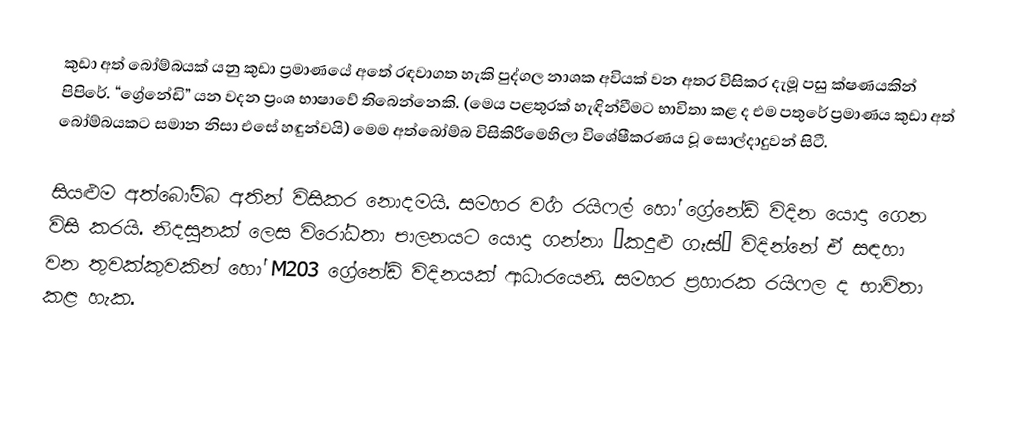
කුඩා අත් බෝම්බයක් යනු කුඩා ප්‍රමාණයේ අතේ රඳවාගත හැකි පුද්ගල නාශක අවියක් වන අතර විසිකර දැමූ පසු ක්ෂණයකින් පිපිරේ. “ග්‍රේනේඩි” යන වදන ප්‍රංශ භාෂාවේ තිබෙන්නෙකි. (මෙය පළතුරක් හැඳින්වීමට භාවිතා කළ ද එම පතුරේ ප්‍රමාණය කුඩා අත් බෝම්බයකට සමාන නිසා එසේ හඳුන්වයි) මෙම අත්බෝම්බ විසිකිරීමෙහිලා විශේෂීකරණය වූ සොල්දාදුවන් සිටී.

සියළුම අත්බෝම්බ අතින් විසිකර නොදමයි. සමහර වර්‍ග රයිෆල් හෝ ග්‍රේනේඩ් විදින යොදා ‍ගෙන විසි කරයි. නිදසුනක් ලෙස විරෝධතා පාලනයට යොදා ගන්නා “කදුළු ගෑස්” විදින්නේ ඒ සඳහා වන තුවක්කුවකින් හෝ M203 ග්‍රේනේඩ් විදිනයක් ආධාරයෙනි. සමහර ප්‍රහාරක රයිෆල ද භාවිතා කළ හැක.